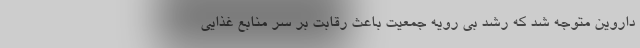
داروین متوجه شد که رشد بی رویه جمعیت باعث رقابت بر سر منابع غذایی